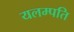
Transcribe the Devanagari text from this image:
यलम्पति